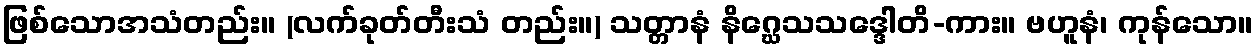
ဖြစ်သောအသံတည်း။ (လက်ခုတ်တီးသံ တည်း။) သတ္တာနံ နိဂ္ဃေသသဒ္ဒေါတိ-ကား။ ဗဟူနံ၊ ကုန်သော။